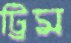
ট্রিম